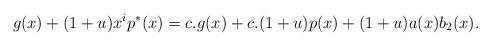
LaTeX: \begin{align*}g(x)+(1+u)x^ip^*(x)=c.g(x)+c.(1+u)p(x)+(1+u)a(x)b_2(x).\end{align*}